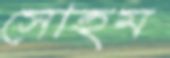
সোহম